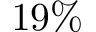
1 9 \%